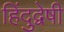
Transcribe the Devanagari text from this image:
हिंदुद्वेषी